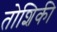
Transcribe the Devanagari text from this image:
तोशिकी